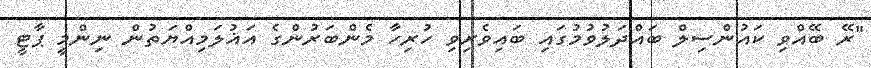
"ރޭ ބޭއްވި ކައުންސިލް ބައްދަލުވުމުގައި ބައިވެރިވި ހުރިހާ މެންބަރުންގެ އަޣުލަމިއްޔަތުން ނިންމީ ޕާޓީ